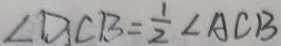
\angle D C B = \frac { 1 } { 2 } \angle A C B